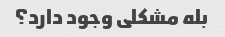
بله مشکلی وجود دارد؟